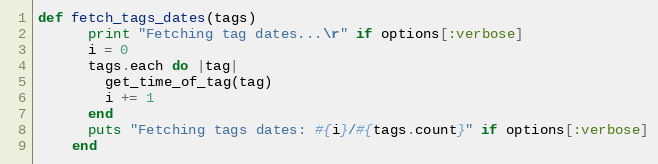
Language: Ruby
def fetch_tags_dates(tags)
      print "Fetching tag dates...\r" if options[:verbose]
      i = 0
      tags.each do |tag|
        get_time_of_tag(tag)
        i += 1
      end
      puts "Fetching tags dates: #{i}/#{tags.count}" if options[:verbose]
    end